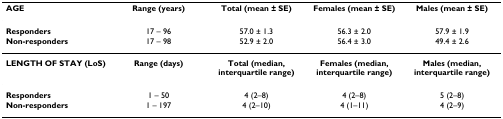
<table><thead><tr><td><b>AGE</b></td><td><b>Range (years)</b></td><td><b>Total (mean ± SE)</b></td><td><b>Females (mean ± SE)</b></td><td><b>Males (mean ± SE)</b></td></tr></thead><tbody><tr><td><b>Responders</b></td><td>17 – 96</td><td>57.0 ± 1.3</td><td>56.3 ± 2.0</td><td>57.9 ± 1.9</td></tr><tr><td><b>Non-responders</b></td><td>17 – 98</td><td>52.9 ± 2.0</td><td>56.4 ± 3.0</td><td>49.4 ± 2.6</td></tr><tr><td><b>LENGTH OF STAY (LoS)</b></td><td><b>Range (days)</b></td><td><b>Total (median, interquartile range)</b></td><td><b>Females (median, interquartile range)</b></td><td><b>Males (median, interquartile range)</b></td></tr><tr><td><b>Responders</b></td><td>1 – 50</td><td>4 (2–8)</td><td>4 (2–8)</td><td>5 (2–8)</td></tr><tr><td><b>Non-responders</b></td><td>1 – 197</td><td>4 (2–10)</td><td>4 (1–11)</td><td>4 (2–9)</td></tr></tbody></table>